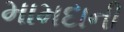
મામદાની